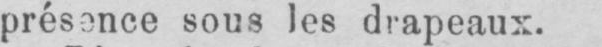
présence sous les drapeaux.